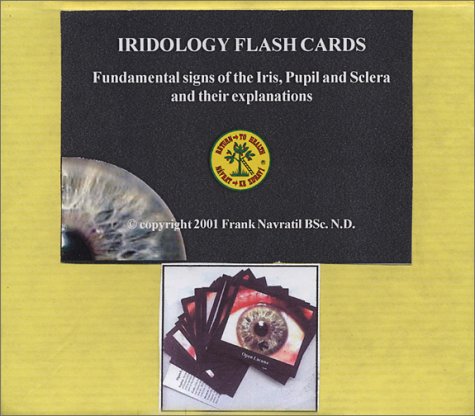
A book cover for Iridology Flashcards / Tarjetas de IridologÃ­a (English and Spanish Edition); Frank Navratil; Health, Fitness & Dieting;